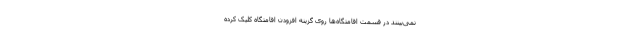
نمی‌بینند در قسمت اقامتگاه‌ها روی گزینه افزودن اقامتگاه کلیک کرده